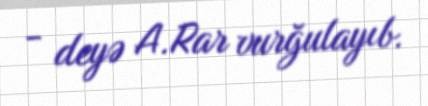
- deyə A.Rar vurğulayıb.